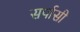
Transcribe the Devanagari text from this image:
सर्पासी